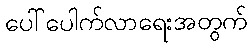
ပေါ်ပေါက်လာရေးအတွက်